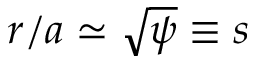
r / a \simeq \sqrt { \psi } \equiv s